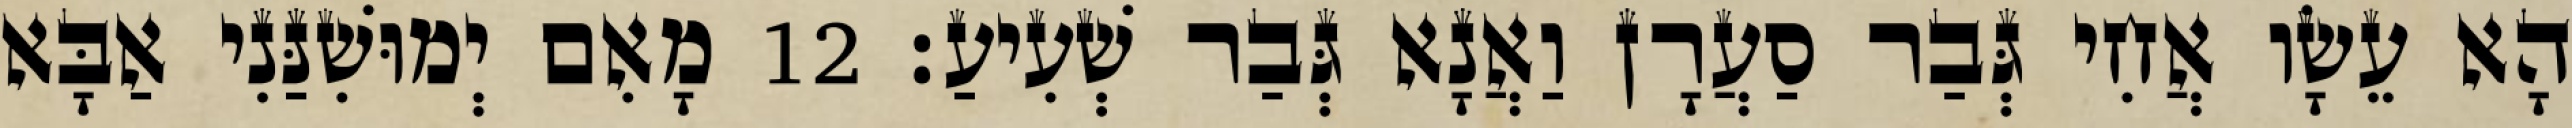
הָא עֵשָׂו אֲחִי גְּבַר סַעֲרָן וַאֲנָא גְּבַר שְׁעִיעַ׃ 12 מָאִם יְמוּשִׁנַּנִי אַבָּא